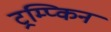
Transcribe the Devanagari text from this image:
ट्रम्प्किन